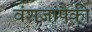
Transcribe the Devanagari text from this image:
वंशजांपैकी